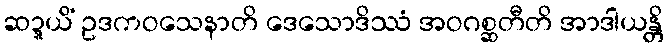
ဆဍ္ဍယိံ ဥဒကဝသေနာတိ ဒေသောဒိဿံ အဝဂစ္ဆတီတိ အာဒါယန္တိ